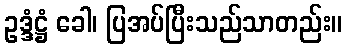
ဥဒ္ဒံဋ္ဌံ ခေါ၊ ပြအပ်ပြီးသည်သာတည်း။